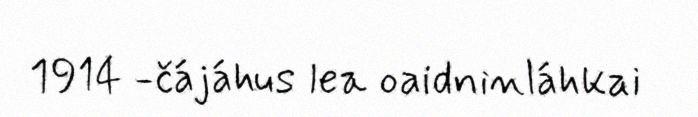
1914 -čájáhus lea oaidninláhkai